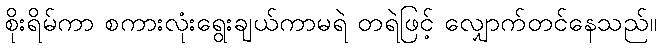
စိုးရိမ်ကာ စကားလုံးရွေးချယ်ကာမရဲ တရဲဖြင့် လျှောက်တင်နေသည်။